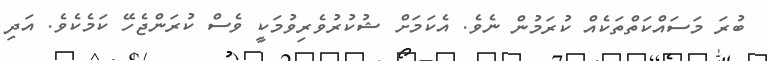
ބުރަ މަސައްކަތްތަކެއް ކުރަމުން ނެވެ. އެކަމަށް ޝުކުރުވެރިވުމަކީ ވެސް ކުރަންޖެހޭ ކަމެކެވެ. އަދި